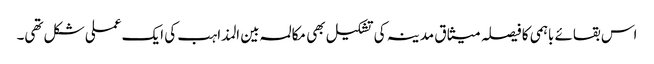
اس بقائے باہمی کا فیصلہ میثاق مدینہ کی تشکیل بھی مکالمہ بین المذاہب کی ایک عملی شکل تھی۔